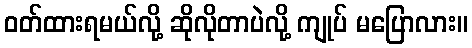
ဝတ်ထားရမယ်လို့ ဆိုလိုတာပဲလို့ ကျုပ် မပြောလား။